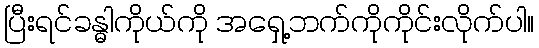
ပြီးရင်ခန္ဓါကိုယ်ကို အရှေ့ဘက်ကိုကိုင်းလိုက်ပါ။